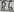
Text: D6